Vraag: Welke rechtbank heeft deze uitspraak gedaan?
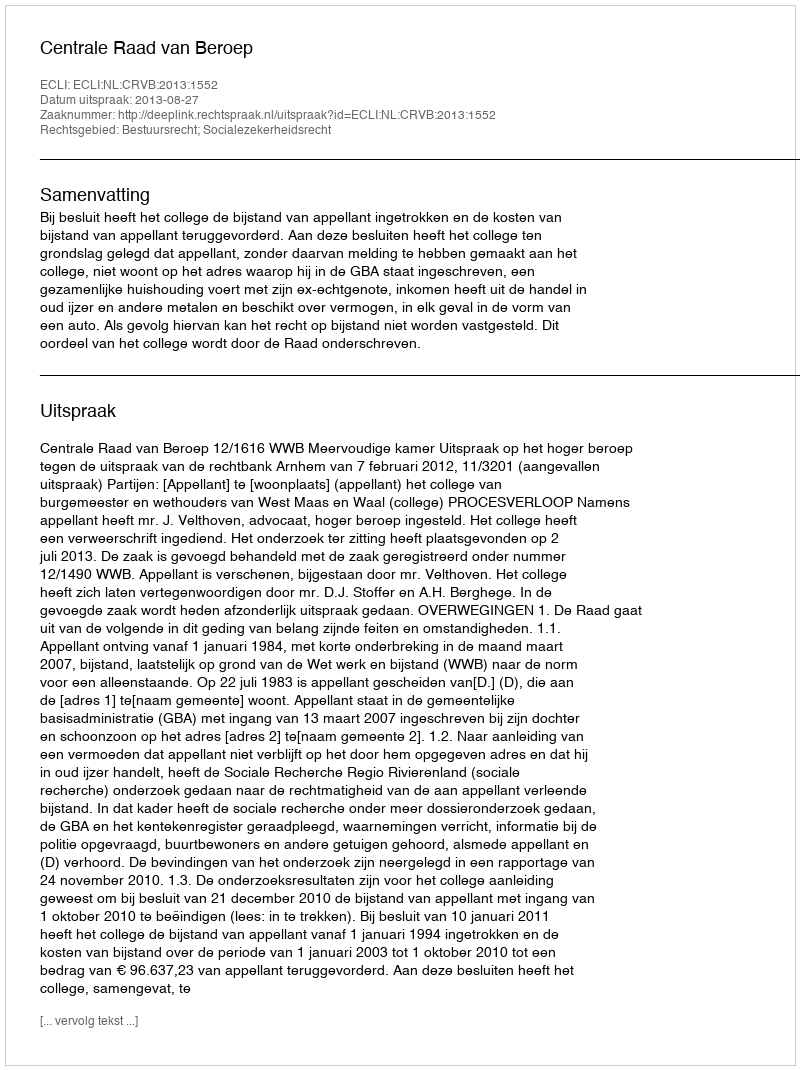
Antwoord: Centrale Raad van Beroep